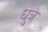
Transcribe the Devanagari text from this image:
धुत्रे